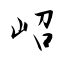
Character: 岹